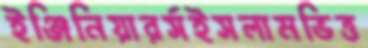
ইঞ্জিনিয়ারর্সইসলামভিত্ত